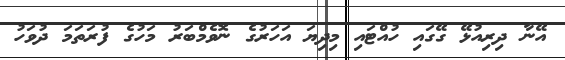
އޭނާ ދިރިއުޅޭ ގޭގައި ހުއްޓައި މިދިޔަ އަހަރުގެ ނޮވެމްބަރު މަހުގެ ފުރަތަމަ ދުވަހު